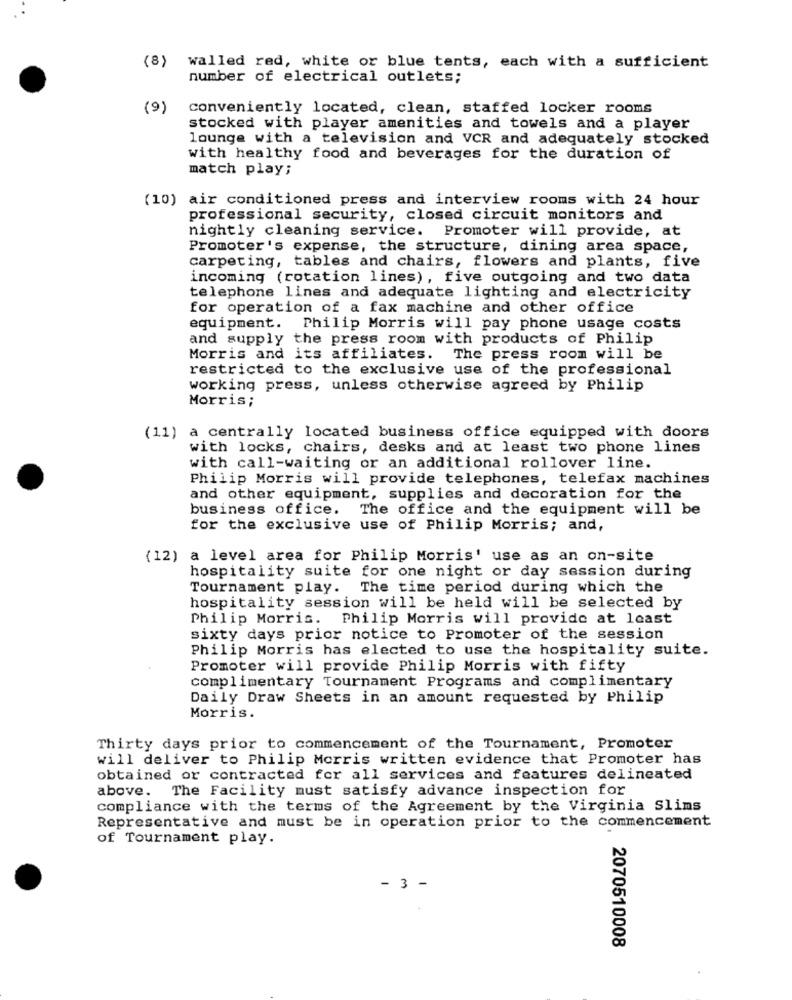
(8)
walled red, white or blue tents, each with a sufficient
number of electrical outlets;
(9)
conveniently located, clean, staffed locker rooms
stocked with player amenities and towels and a player
lounge with a television and VCR and adequately stocked
with healthy food and beverages for the duration of
match play;
(10) air conditioned press and interview rooms with 24 hour
professional security, closed circuit monitors and
nightly cleaning service. Promoter will provide, at
Promoter's expense, the structure, dining area space,
carpeting, tables and chairs, flowers and plants, five
incoming (rotation lines), five outgoing and two data
telephone lines and adequate lighting and electricity
for operation of a fax machine and other office
equipment. Philip Morris will pay phone usage costs
and supply the press room with products of Philip
Morris and its affiliates.
The press room will be
restricted to the exclusive use of the professional
working press, unless otherwise agreed by Philip
Morris;
(11) a centrally located business office equipped with doors
with locks, chairs, desks and at least two phone lines
with call-waiting or an additional rollover line.
Philip Morris will provide telephones, telefax machines
and other equipment, supplies and decoration for the
business office. The office and the equipment will be
for the exclusive use of Philip Morris; and,
(12) a level area for Philip Morris' use as an on-site
hospitality suite for one night or day session during
Tournament play. The time period during which the
hospitality session will be held will be selected by
Philip Morris. Philip Morris will provide at least
sixty days prior notice to Promoter of the session
Philip Morris has elected to use the hospitality suite.
Promoter will provide Philip Morris with fifty
complimentary Tournament Programs and complimentary
Daily Draw Sheets in an amount requested by Philip
Morris.
Thirty days prior to commencement of the Tournament, Promoter
will deliver to Philip Morris written evidence that Promoter has
obtained or contracted for all services and features delineated
above.
The Facility must satisfy advance inspection for
compliance with the terms of the Agreement by the Virginia Slims
Representative and must be in operation prior to the commencement
of Tournament play.
- 3 -
2070510008